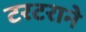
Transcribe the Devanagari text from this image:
टरटराने